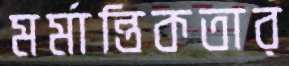
মর্মান্তিকতার